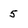
Character: 5